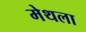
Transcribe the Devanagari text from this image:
मेथला